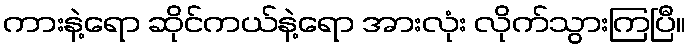
ကားနဲ့ရော ဆိုင်ကယ်နဲ့ရော အားလုံး လိုက်သွားကြပြီ။